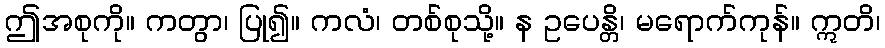
ဤအစုကို။ ကတွာ၊ ပြု၍။ ကလံ၊ တစ်စုသို့။ န ဥပေန္တိ၊ မရောက်ကုန်။ ဣတိ၊